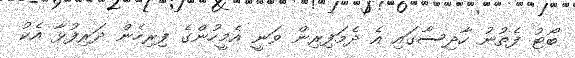
ބޯޓު ފެތުނު ހާދިސާގައި އެ ދެމަފިރިން ވަނީ އެމީހުންގެ ފިރިހެން ދަރިފުޅާ އެކު